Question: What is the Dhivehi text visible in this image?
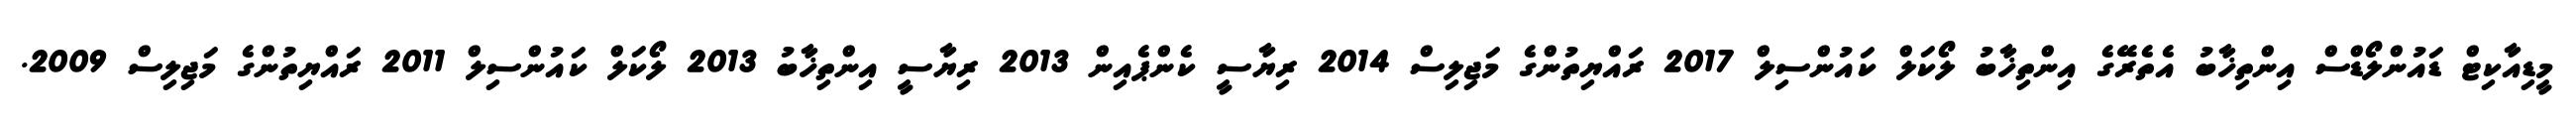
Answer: މީޑިއާކިޓް ޑައުންލޯޑްސް އިންތިޚާބު އެތެރޭގެ އިންތިޚާބު ލޯކަލް ކައުންސިލް 2017 ރައްޔިތުންގެ މަޖިލިސް 2014 ރިޔާސީ ކެންޕެއިން 2013 ރިޔާސީ އިންތިޚާބު 2013 ލޯކަލް ކައުންސިލް 2011 ރައްޔިތުންގެ މަޖިލިސް 2009.